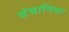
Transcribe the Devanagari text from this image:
संघानिया